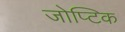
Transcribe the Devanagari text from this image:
जोप्टिक